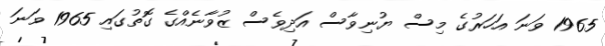
1965 ވަނަ އަހަރުގެ މިސް ޔުނިވާސް އަދިވެސް ޒުވާނެއްގެ ގޮތުގައި 1965 ވަނަ